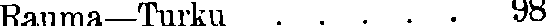
Rauma—Turku . . . . . 98